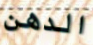
الدهن